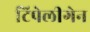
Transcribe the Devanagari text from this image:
टिपेलीगेन